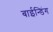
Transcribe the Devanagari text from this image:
बाईन्डिंग